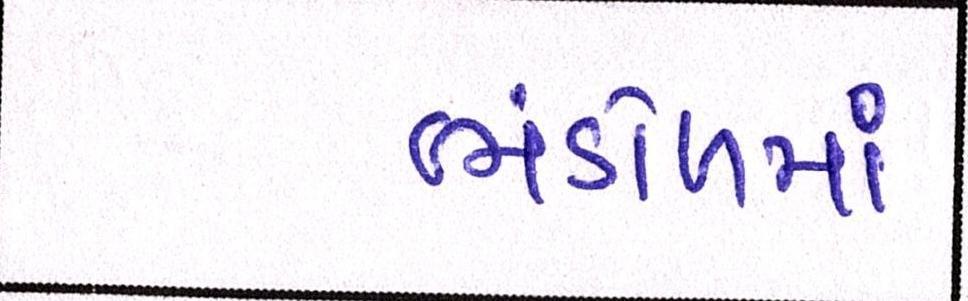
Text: ભંડોળમાં